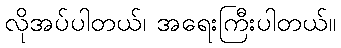
လိုအပ်ပါတယ်၊ အရေးကြီးပါတယ်။